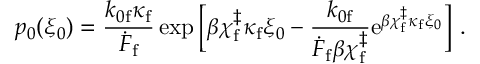
p _ { 0 } ( \xi _ { 0 } ) = \frac { k _ { 0 \mathrm { f } } \kappa _ { \mathrm { f } } } { \dot { F } _ { \mathrm { f } } } \exp { \Big [ \beta \chi _ { \mathrm { f } } ^ { \ddag } \kappa _ { \mathrm { f } } \xi _ { 0 } - \frac { k _ { 0 \mathrm { f } } } { \dot { F } _ { \mathrm { f } } \beta \chi _ { \mathrm { f } } ^ { \ddag } } \mathrm { e } ^ { \beta \chi _ { \mathrm { f } } ^ { \ddag } \kappa _ { \mathrm { f } } \xi _ { 0 } } \Big ] } ~ .